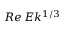
R e \, E k ^ { 1 / 3 }